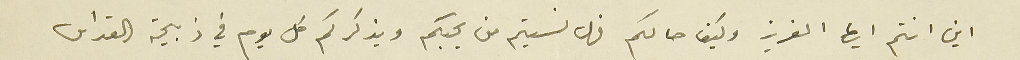
اين انتم ايها العزيز وكيف حالكم فهل نسيتم من يحبكم ويذكركم كل يوم في ذبيحة القداس